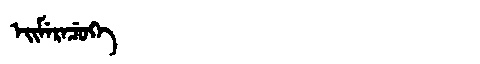
Manchu: ᡝᡳᠮᡝᡵᡝᠴᡠᡴᡝ
Romanization: EIMERECUKE